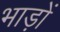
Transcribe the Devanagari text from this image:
भाड़ों